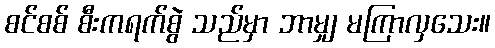
စင်စစ် စီးကရက်စွဲ သည်မှာ ဘာမျှ မကြာလှသေး။